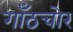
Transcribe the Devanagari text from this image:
गाँठचोर